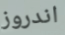
اندروز